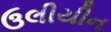
ઉલીયીન